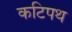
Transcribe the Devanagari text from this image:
कटिपथ